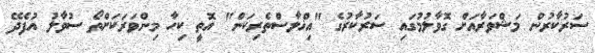
ސަރުކާރުން މަޝްވަރާއަށް ގޮވާލުމުގައި ސަރުކާރުގެ "އިޚްލާސްތެރިކަން" އޮތީ ކިހާ މިންވަރަކަށްތޯ ސުވާލު އުފެދޭ